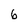
Character: 6